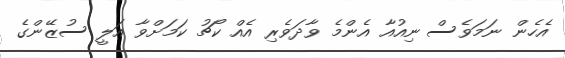
އެހެން ނަމަވެސް ނިއުއާ އެންމެ ވާދަވެރި އެއް ކޯޗު ކަމަށްވާ އަލީ ސުޒޭންގެ